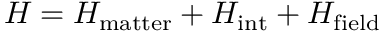
H _ { } = H _ { \mathrm { m a t t e r } } + H _ { \mathrm { i n t } } + H _ { \mathrm { f i e l d } }